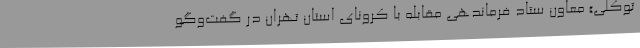
توکلی» معاون ستاد فرماندهی مقابله با کرونای استان تهران در گفت‌وگو